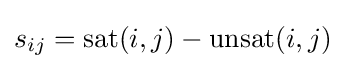
s_{ij}=\operatorname {sat} (i,j)-\operatorname {unsat} (i,j)